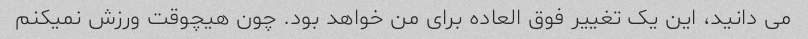
می دانید، این یک تغییر فوق العاده برای من خواهد بود. چون هیچوقت ورزش نمیکنم